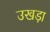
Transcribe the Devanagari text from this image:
उखड़ा